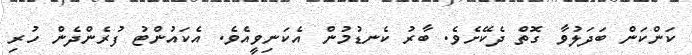
ކަންކަން ބަދަލުވާ ގޮތް ދެކޭށެވެ. ބާރު ކެނޑުމުން އެކަނިވީއެވެ. އެކައުންޓު ފުރެންދެން ހުރި